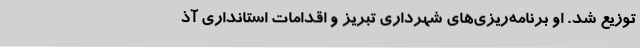
توزیع شد. او برنامه‌ریزی‌های شهرداری تبریز و اقدامات استانداری آذ